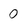
Character: 0